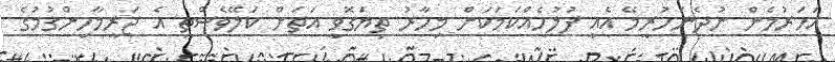
އަހަރުމެން ނުދެނަހުރީމޭ އެއީ ފުލުހެއްކަމަކަށް މިހާރު ތިޔަގޮވީ އަތަށް ކަލޭވެސްތީ އެ ޖަރީމާހިންގުމުގެ